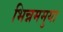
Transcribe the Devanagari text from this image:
भिन्नममुया